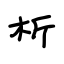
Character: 析